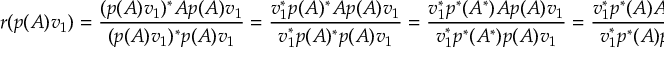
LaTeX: r ( p ( A ) v _ { 1 } ) = { \frac { ( p ( A ) v _ { 1 } ) ^ { * } A p ( A ) v _ { 1 } } { ( p ( A ) v _ { 1 } ) ^ { * } p ( A ) v _ { 1 } } } = { \frac { v _ { 1 } ^ { * } p ( A ) ^ { * } A p ( A ) v _ { 1 } } { v _ { 1 } ^ { * } p ( A ) ^ { * } p ( A ) v _ { 1 } } } = { \frac { v _ { 1 } ^ { * } p ^ { * } ( A ^ { * } ) A p ( A ) v _ { 1 } } { v _ { 1 } ^ { * } p ^ { * } ( A ^ { * } ) p ( A ) v _ { 1 } } } = { \frac { v _ { 1 } ^ { * } p ^ { * } ( A ) A p ( A ) v _ { 1 } } { v _ { 1 } ^ { * } p ^ { * } ( A ) p ( A ) v _ { 1 } } }